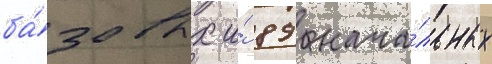
ба́зовых и́ 89 нача́льных